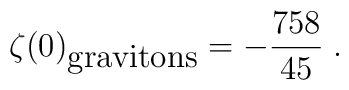
\zeta(0)_{\mbox {gravitons}}=-{758\over 45} \; .